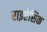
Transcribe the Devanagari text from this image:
राइऐसिक